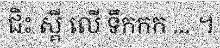
ជិះ ស្គី លើ ទឹកកក ... ។